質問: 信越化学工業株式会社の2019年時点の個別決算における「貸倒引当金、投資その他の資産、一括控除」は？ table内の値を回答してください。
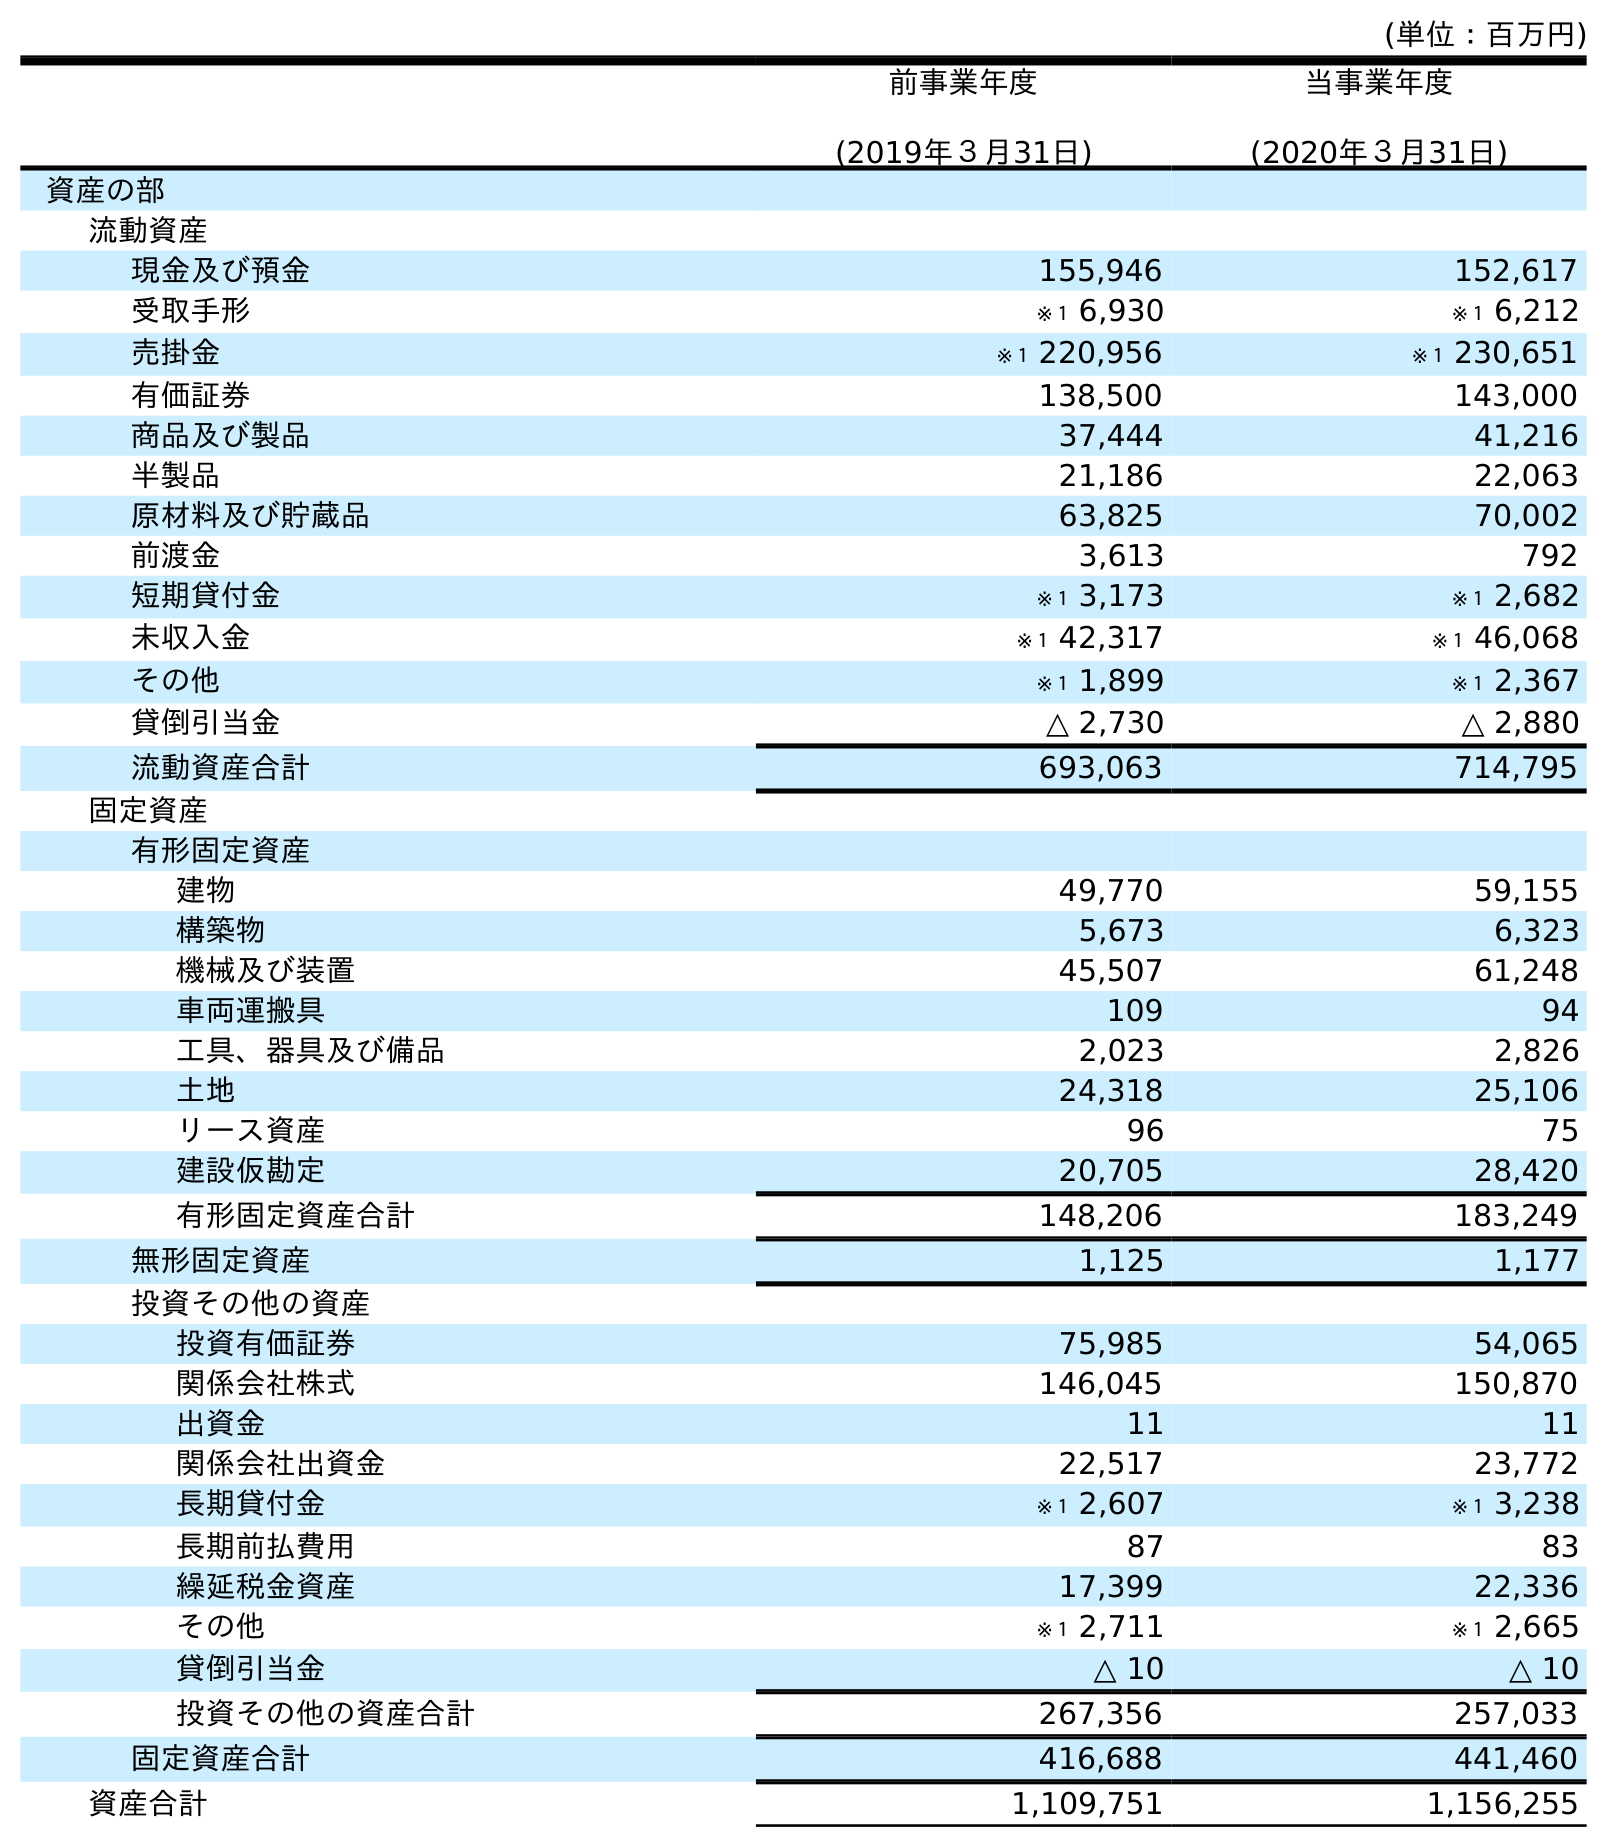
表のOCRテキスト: (単位：百万円) 前事業年度 (2019年３月31日) 当事業年度 (2020年３月31日) 資産の部 流動資産 現金及び預金 155,946 152,617 受取手形 ※１ 6,930 ※１ 6,212 売掛金 ※１ 220,956 ※１ 230,651 有価証券 138,500 143,000 商品及び製品 37,444 41,216 半製品 21,186 22,063 原材料及び貯蔵品 63,825 70,002 前渡金 3,613 792 短期貸付金 ※１ 3,173 ※１ 2,682 未収入金 ※１ 42,317 ※１ 46,068 その他 ※１ 1,899 ※１ 2,367 貸倒引当金 △ 2,730 △ 2,880 流動資産合計 693,063 714,795 固定資産 有形固定資産 建物 49,770 59,155 構築物 5,673 6,323 機械及び装置 45,507 61,248 車両運搬具 109 94 工具、器具及び備品 2,023 2,826 土地 24,318 25,106 リース資産 96 75 建設仮勘定 20,705 28,420 有形固定資産合計 148,206 183,249 無形固定資産 1,125 1,177 投資その他の資産 投資有価証券 75,985 54,065 関係会社株式 146,045 150,870 出資金 11 11 関係会社出資金 22,517 23,772 長期貸付金 ※１ 2,607 ※１ 3,238 長期前払費用 87 83 繰延税金資産 17,399 22,336 その他 ※１ 2,711 ※１ 2,665 貸倒引当金 △ 10 △ 10 投資その他の資産合計 267,356 257,033 固定資産合計 416,688 441,460 資産合計 1,109,751 1,156,255
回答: △10